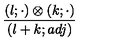
{ \frac { ( l ; \cdot ) \otimes ( k ; \cdot ) } { ( l + k ; a d j ) } }